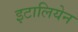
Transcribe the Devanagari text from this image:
इटालियेन